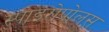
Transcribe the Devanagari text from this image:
स्पाइरोपोलस